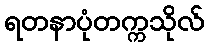
ရတနာပုံတက္ကသိုလ်